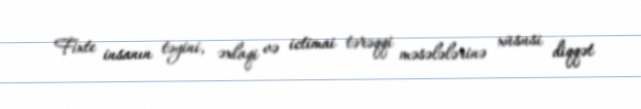
Fixte insanın təyini, əxlaqi və ictimai tərəqqi məsələlərinə xüsusi diqqət